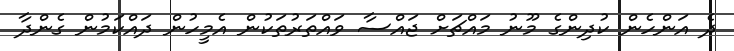
ދެ އަންހެން ކުދިންގެ މޫނު މައްޗަށް ޖައްސާ ވައްތަރުތަކުން އެމީހުން ދައްކަމުން ގެންދާ